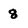
Character: 8